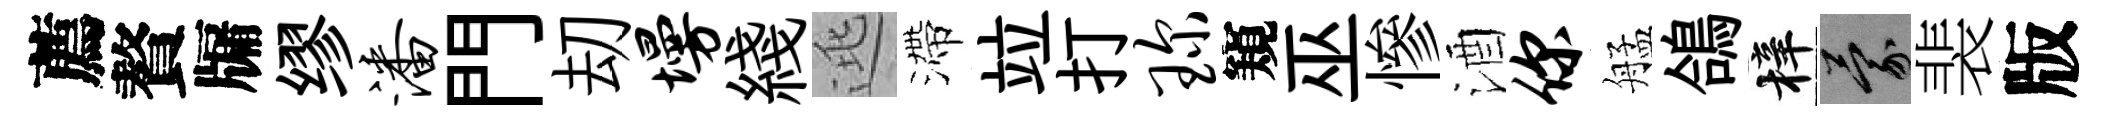
薦贅牖缪潘門刧墁綫逃滯竝打琛窺巫慘酒你艋鴿梓蒙裴版